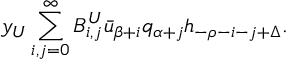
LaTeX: y _ { U } \sum _ { i , j = 0 } ^ { \infty } B _ { i , j } ^ { U } \bar { u } _ { \beta + i } q _ { \alpha + j } h _ { - \rho - i - j + \Delta } .